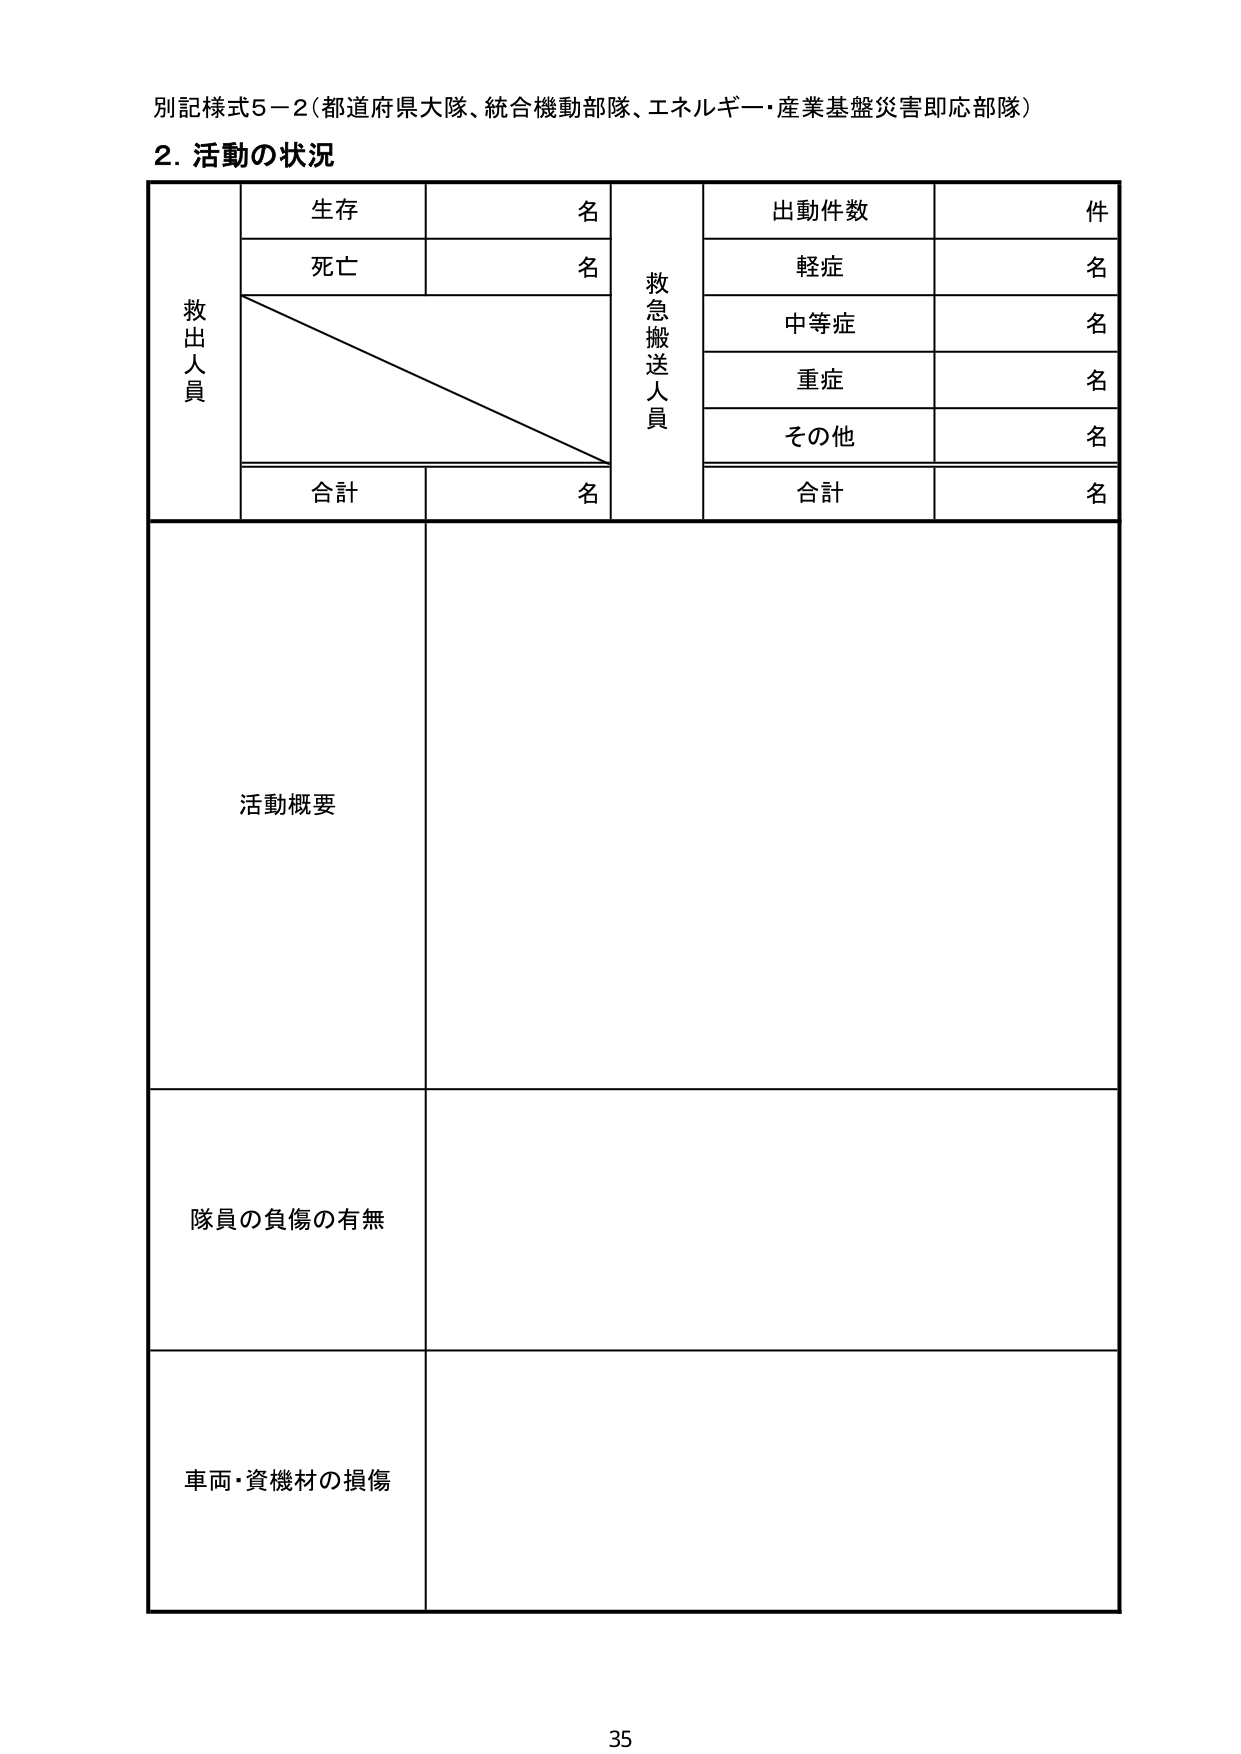
別記様式5－2（都道府県大隊、統合機動部隊、エネルギー・産業基盤災害即応部隊）

2. 活動の状況

救出人員
　生存